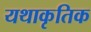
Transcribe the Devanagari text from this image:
यथाकृतिक